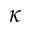
\kappa